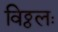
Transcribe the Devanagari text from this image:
विठ्ठलः